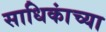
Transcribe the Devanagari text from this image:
साधिकांच्या